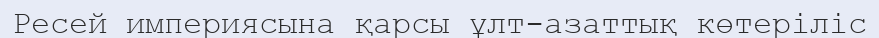
Ресей империясына қарсы ұлт-азаттық көтеріліс